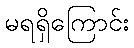
မရရှိကြောင်း